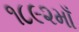
૧૮૯૨માઁ